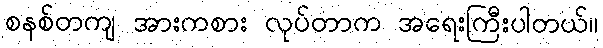
စနစ်တကျ အားကစား လုပ်တာက အရေးကြီးပါတယ်။